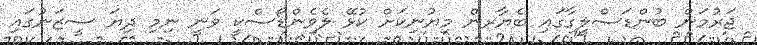
ޖަރުމަން ބުންޑަސްލީގާގައި ބެޔާރން މިޔުނިކަށް ކުޅޭ ލެވެންޑޯސްކީ ވަނީ ނިމި ދިޔަ ސީޒަނުގައި